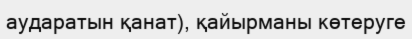
аударатын қанат), қайырманы көтеруге